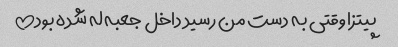
پیتزا وقتی به دست من رسید داخل جعبه له شده بود!!